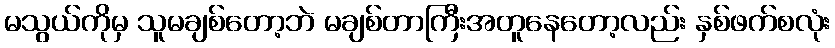
မသွယ်ကိုမှ သူမချစ်တော့ဘဲ မချစ်တာကြီးအတူနေတော့လည်း နှစ်ဖက်စလုံး